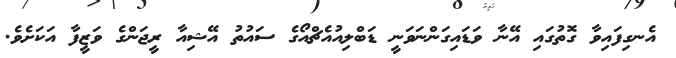
އެނގިފައިވާ ގޮތުގައި އޭނާ ވަޑައިގަންނަވަނީ ޑަބްލިއުއެޗްއޯގެ ސައުތު އޭޝިއާ ރީޖަންގެ ވަޒީފާ އަކަށެވެ.